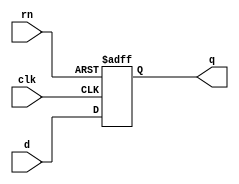
//--------------------------------------------------------------------------
//
//  Unpublished work. Copyright 2022 Siemens
//
//  This material contains trade secrets or otherwise confidential 
//  information owned by Siemens Industry Software Inc. or its affiliates 
//  (collectively, SISW), or its licensors. Access to and use of this 
//  information is strictly limited as set forth in the Customer's 
//  applicable agreements with SISW.
//
//--------------------------------------------------------------------------
//  File created by: Tessent Shell
//          Version: 2022.4
//--------------------------------------------------------------------------

  
module firebird7_in_gate2_tessent_posedge_clock_dff_reset (
  input wire rn,
  input wire d,
  input wire clk,
  output reg q
);
always @ (posedge clk or negedge rn) begin
  if (~rn) begin
    q <= 1'b0;
  end else begin
    q <= d;
  end
end
endmodule